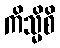
ကိသ္မိစိ